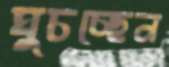
ঘুচচ্ছেন